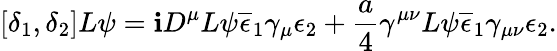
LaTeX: [\delta_{1},\delta_{2}]L\psi=\mathbf{i}D^{\mu}L\psi\overline{{{{\epsilon}}}}_{1}\gamma_{\mu}\epsilon_{2}+\frac{{a}}{{4}}\gamma^{\mu\nu}L\psi\overline{{{{\epsilon}}}}_{1}\gamma_{\mu\nu}\epsilon_{2}.